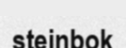
steinbok